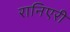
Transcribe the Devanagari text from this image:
रानिएरी